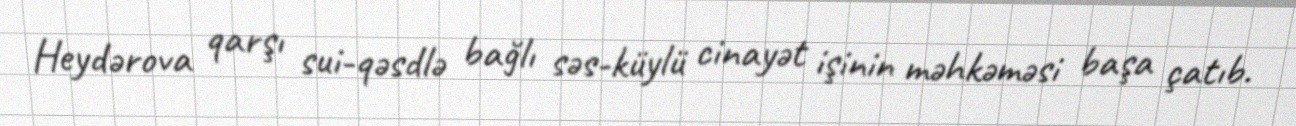
Heydərova qarşı sui-qəsdlə bağlı səs-küylü cinayət işinin məhkəməsi başa çatıb.